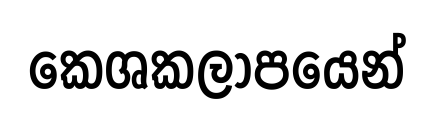
කෙශකලාපයෙන්